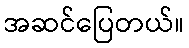
အဆင်ပြေတယ်။